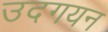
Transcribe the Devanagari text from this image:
उदगयन